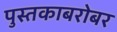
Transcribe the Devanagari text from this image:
पुस्तकाबरोबर